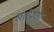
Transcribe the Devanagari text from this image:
खारेपणा